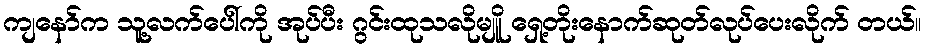
ကျနော်က သူ့လက်ပေါ်ကို အုပ်ပီး ဂွင်းထုသလိုမျိူ ရှေ့တိုးနောက်ဆုတ်လုပ်ပေးလိုက် တယ်။